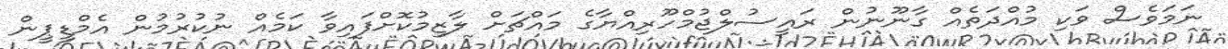
ނަމަވެސް ވަކި މުއްދަތެއް ގާނޫނުން ރައީސުލްޖުމްހޫރިއްޔާގެ މައްޗަށް ލާޒިމުކޮށްފައިވާ ކަމެއް ނުކުރުމުން އެމްޑީޕީން